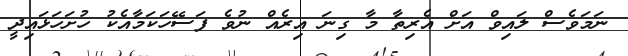
ނަމަވެސް ލައިވް އަށް އެރިތާ މާ ގިނަ އިރެއް ނުވެ ފަސޭހަކަމާއެކު ހުށަހަޅައިދީ